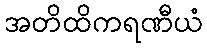
အတိထိကရဏီယံ